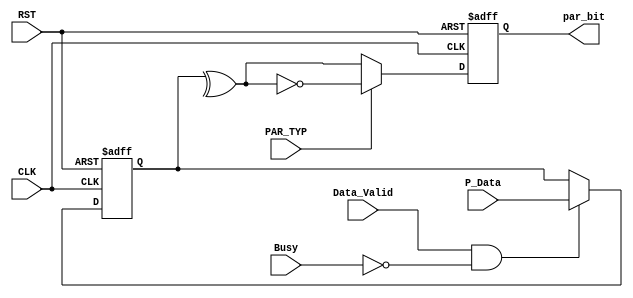
/*
File Name:PARRITY_CALC.v
Module: PARITY_CALC
Description:PARITY_CALC take a parallel bus data and Calculate the parity
1- ODD  parity is 1 :when the number of one's in data is odd so it's output is 0 else is 1.
2- EVEN parity is 0 :when the number of one's in data is even so it's output is 0 else is 1 .
---------------------- 
Module mapping:
 
PARITY_CALC parity (
.P_Data()       ,
.PAR_TYP()      ,
.CLK()          ,
.RST()          ,
.Data_Valid()   ,
.Busy()         ,
.par_bit()
);
*/

module  PARITY_CALC #(parameter INPUT_DATA=8)
(
input   wire    [INPUT_DATA-1:0]  P_Data      ,
input   wire                      PAR_TYP     ,
input   wire                      CLK         ,
input   wire                      RST         ,
input   wire                      Data_Valid  ,
input   wire                      Busy        ,
output  reg                       par_bit  
                                            );
reg [INPUT_DATA-1:0]  Memory;//internal memory flipflops for the BUS data when valid 1
//Sequntial always for memory 
always  @ (posedge  CLK or negedge  RST)
begin
  if  (!RST)
    begin
      Memory<='b0;
    end
  else  
    begin
      if(Data_Valid &&  (!Busy))
        begin
          Memory<=P_Data;
        end
    end
end                       
                                           
//Sequntial always for calculate the parity_bit                                            
always  @(posedge CLK or  negedge RST)
begin
  if  (!RST)
    begin
      par_bit   <=    1'b0;
    end
  else
    begin 
      if  (PAR_TYP)//ODD==1
         begin
           par_bit   <=    ~(^Memory);  
         end
      else  if  (!PAR_TYP)//even==0
          begin
            par_bit   <=    ^Memory;
          end
    end
end
endmodule